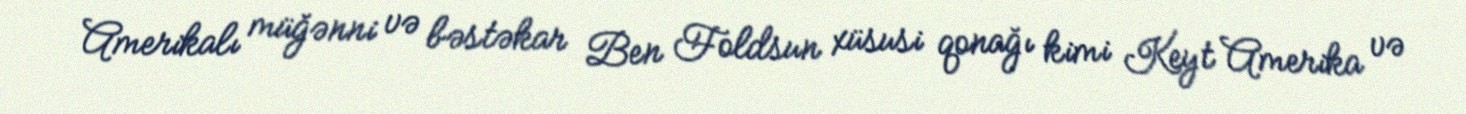
Amerikalı müğənni və bəstəkar Ben Foldsun xüsusi qonağı kimi Keyt Amerika və